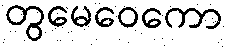
တွမေဝေကော